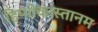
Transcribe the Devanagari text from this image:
हिप्पोकास्तानम